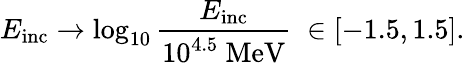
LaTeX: E_{\mathrm{inc}}\to\log_{10}\frac{E_{\mathrm{inc}}}{10^{4.5}~\mathrm{MeV}}\; \in[-1.5,1.5].